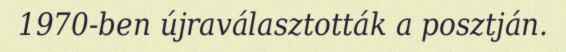
1970-ben újraválasztották a posztján.